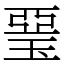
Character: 琧